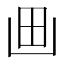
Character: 𰢵